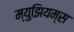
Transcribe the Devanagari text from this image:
म्‍युझियम्‍स